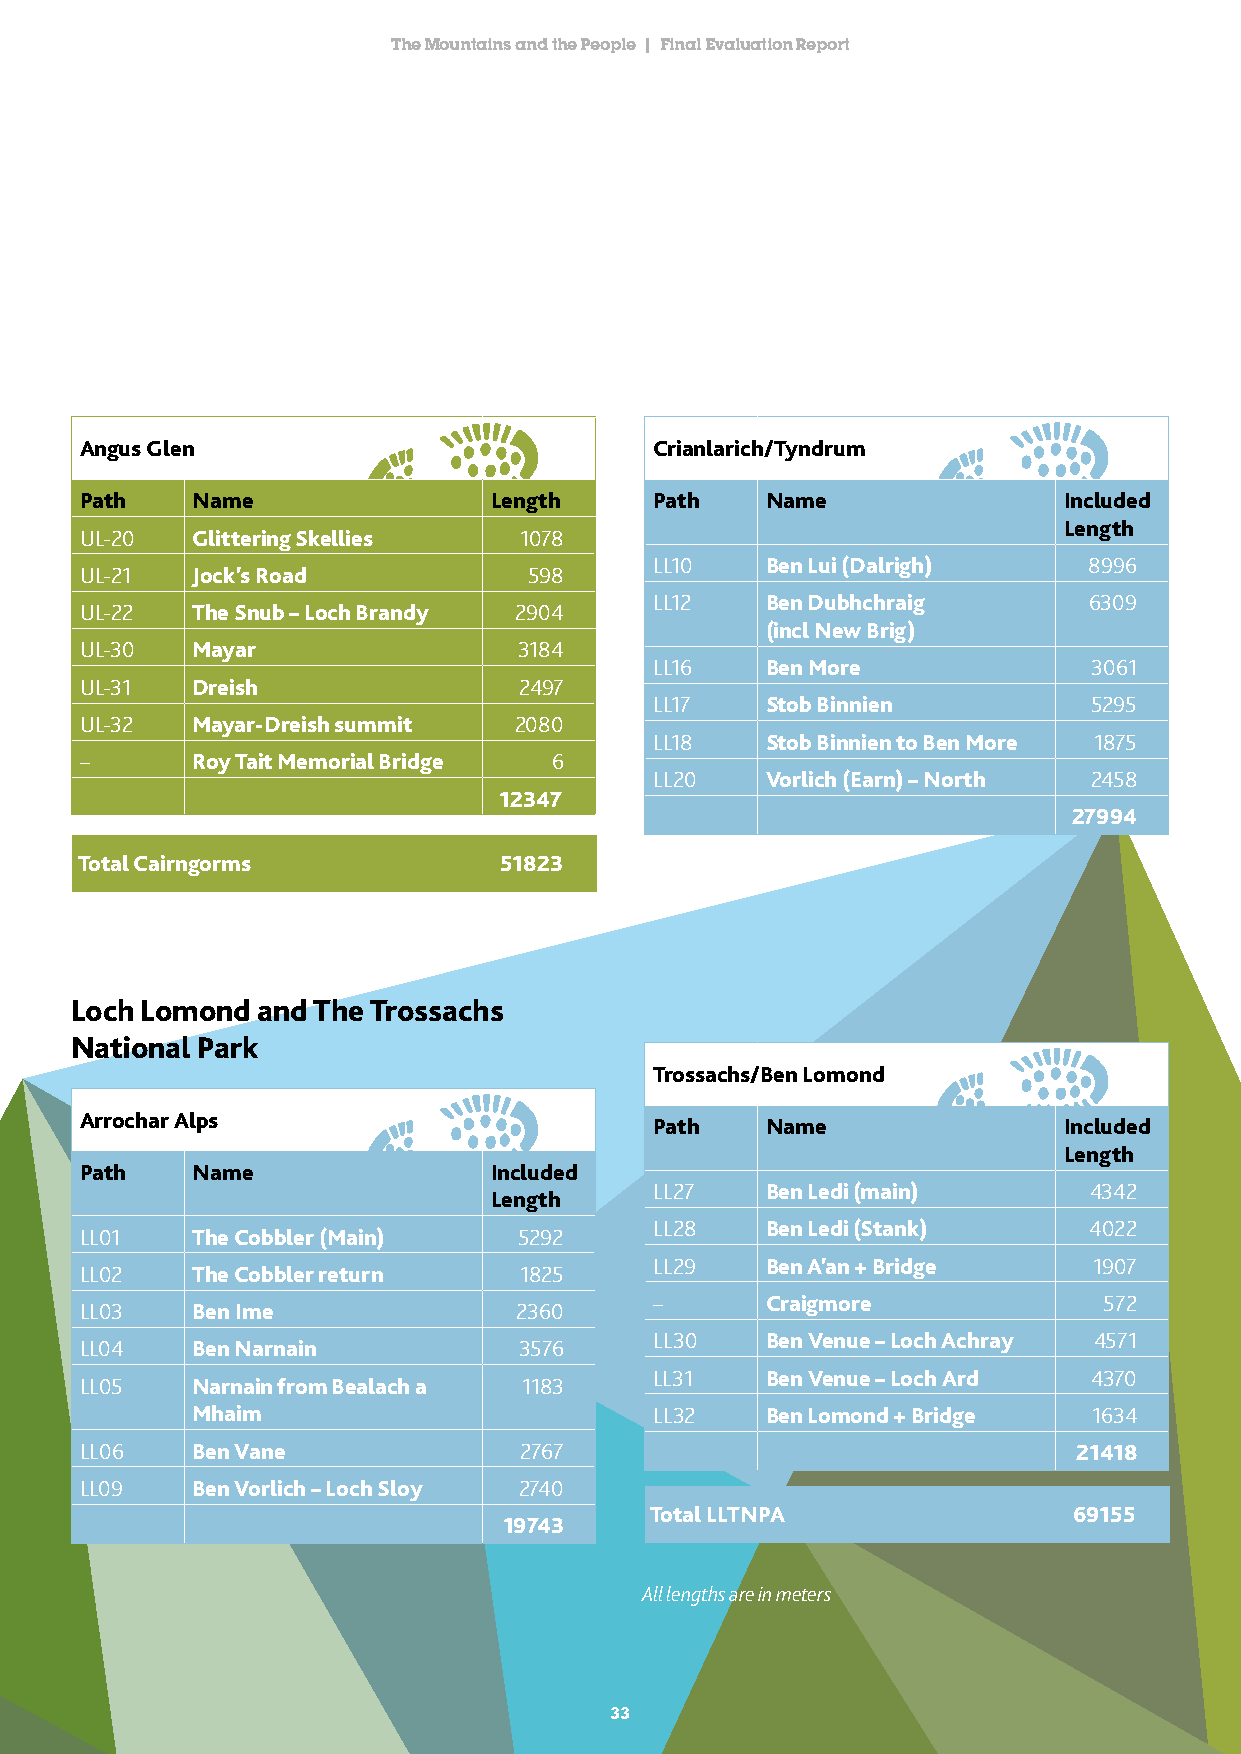
The Mountains and the People | Final Evaluation Report
 Angus Glen                            Crianlarich/Tyndrum
 Path    Name               Length     Path    Name               Included
 Length
 UL-20   Glittering Skellies  1078
 LL10    Ben Lui (Dalrigh)    8996
 UL-21   Jock’s Road           598
 LL12    Ben Dubhchraig       6309
 UL-22   The Snub – Loch Brandy 2904
 (incl New Brig)
 UL-30   Mayar                3184
 LL16    Ben More             3061
 UL-31   Dreish               2497
 LL17    Stob Binnien         5295
 UL-32   Mayar-Dreish summit  2080
 LL18    Stob Binnien to Ben More 1875
 –       Roy Tait Memorial Bridge 6
 LL20    Vorlich (Earn) – North 2458
 12347
 27994
 Total Cairngorms            51823
 Loch Lomond and The Trossachs
 National Park
 Trossachs/Ben Lomond
 Arrochar Alps
 Path    Name               Included
 Length
 Path    Name               Included
 LL27    Ben Ledi (main)      4342
 Length
 LL28    Ben Ledi (Stank)     4022
 LL01    The Cobbler (Main)   5292
 LL29    Ben A’an + Bridge    1907
 LL02    The Cobbler return   1825
 –       Craigmore             572
 LL03    Ben Ime              2360
 LL30    Ben Venue – Loch Achray 4571
 LL04    Ben Narnain          3576
 LL31    Ben Venue – Loch Ard 4370
 LL05    Narnain from Bealach a 1183
 Mhaim                         LL32    Ben Lomond + Bridge  1634
 LL06    Ben Vane             2767                                 21418
 LL09    Ben Vorlich – Loch Sloy 2740
 Total LLTNPA                69155
 19743
 All lengths are in meters
 3333